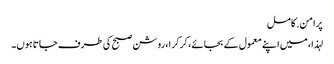
پرامن. کامل
لہذا ، میں اپنے معمول کے بجائے ، کرکرا ، روشن صبح کی طرف جاتا ہوں۔